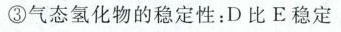
③气态氢化物的稳定性：D比E稳定